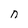
Character: n